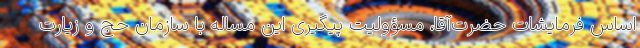
اساس فرمایشات حضرت‌آقا، مسؤولیت پیگیری این مساله با سازمان حج و زیارت